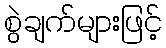
စွဲချက်များဖြင့်